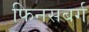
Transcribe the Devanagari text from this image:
फिनसबर्ग